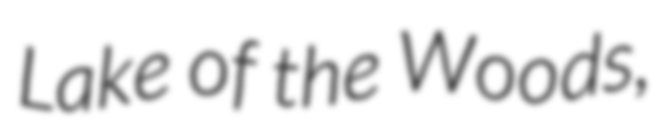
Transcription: Lake of the Woods,